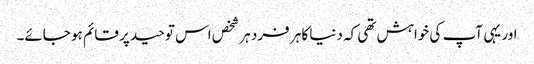
اور یہی آپ کی خواہش تھی کہ دنیا کا ہر فرد ہر شخص اس توحید پر قائم ہو جائے۔